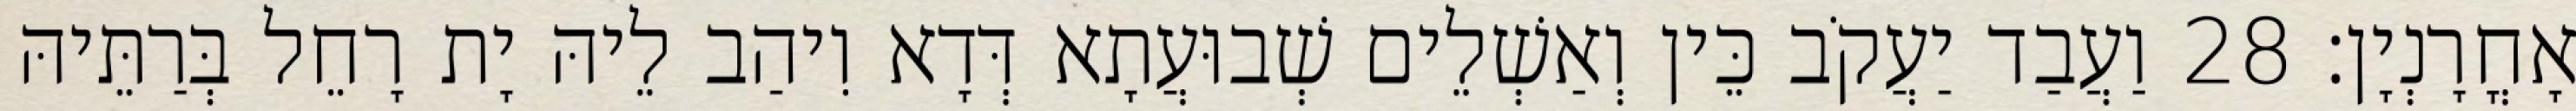
אָחֳרָנְיָן׃ 28 וַעֲבַד יַעֲקֹב כֵּין וְאַשְׁלֵים שְׁבוּעֲתָא דְּדָא וִיהַב לֵיהּ יָת רָחֵל בְּרַתֵּיהּ